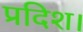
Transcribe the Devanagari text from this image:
प्रदिश।